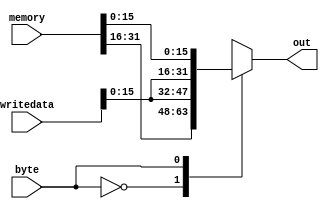
`timescale 1ns / 1ps

module StoreExt_16( 
    input [31:0] writedata,
    input byte,
    input [31:0] memory,
    output reg[31:0] out
    ); 
   
    always @(*) begin
        case(byte)
            1'b0: out={memory[31:16],writedata[15:0]};
            1'b1: out={writedata[15:0],memory[15:0]};
        endcase
    end

endmodule